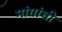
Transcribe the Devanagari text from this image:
मांगांची